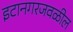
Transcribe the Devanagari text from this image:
इटानगरजवळील